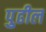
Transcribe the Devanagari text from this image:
पुुढील